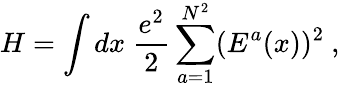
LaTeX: H=\int dx~\frac{e^{2}}{2}\sum_{a=1}^{N^{2}}(E^{a}(x))^{2}\ ,